Report by Surgeon-Major Lyons, I.M.S., President of the Plague Research Committee - Part I
Disease focus: Plague
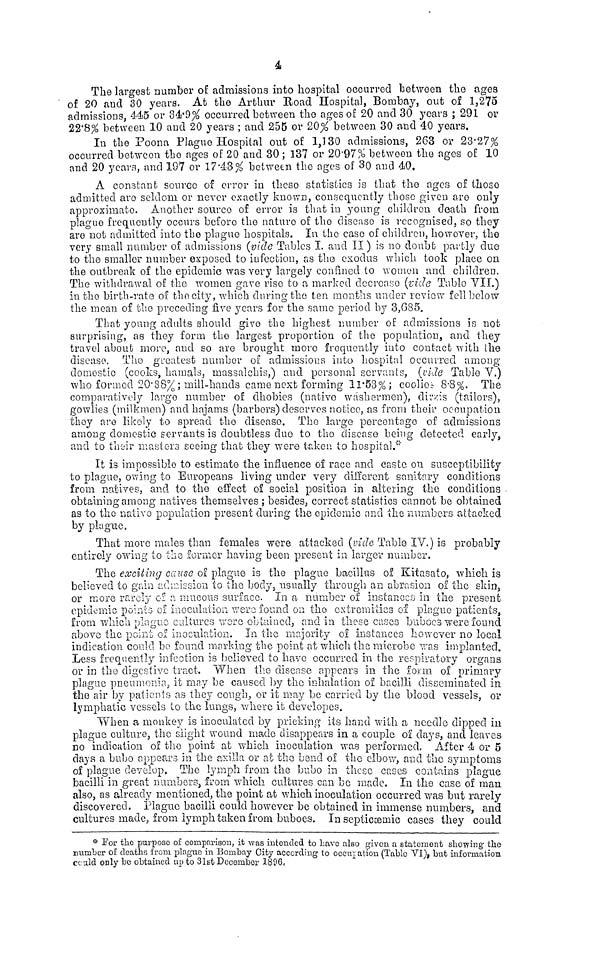
à
The largest number of admissions into hospital occurred between the ages
of 20 and 30 years. At the Arthur Road Hospital, Bombay, out of 1,275
admissions, 445 or 34.9% occurred between the ages of 20 and 30 years ; 291 or
22.8% between 10 and 20 years ; and 255 or 20% between 30 and 40 years.
In the Poona Plaguo Hospital out of l,130 admissions, 263 or 23'27%
occurred between the ages of 20 and 30 ; 137 or 2097% between the ages of 10
and 20 years, and 197 or 17.43% between the ages of 30 and 40.
A constant source of error in theso statistics is that the ages of those
admitted aro seldom or never exactly known, consequently those given are only
approximate Another source of error is that in young children death from
plaguo frequently occurs before the nature of the disease- is recognised, so they"
are not admitted into the plague hospitals. In the case of children, however, the
very small number of admissions (vide Tables Î. and II) is no doubt partly due
to the smaller number exposed to infection, as the exodus which took place on
the outbreak of the epidemic was very largely confined to women and children.
The withdrawal of the women gave rise to a marked decrease (vide Tablo VII.)
in the birth-rate of the city, which during the ten months under review fell below
the mean of the preceding five years for the same period by 3,685,
That young adults should give the highest number of admissions is not
surprising, as they form the largest proportion of the population, and they
travel about more, and so are brought more frequently into contact with the
disease. The greatest number of admissions into hospital occurred among
domestic (cooks, hamals, massalehis,) and personal servants, (vile Table V.)
who formed 20-88%; mill-hands came next forming 11-53%; coolie 8.8%. The
comparatively largo number o£ dhobies (nativo washermen), dirzis (tailors),
gowlies (milkmen) and hajams (barbers) deserves notice, as from their occupation
they are likely to spread the disease. The large percentage of admissions
among domestic serrants is doubtless duo to tho disease being detected early,
and to their mastera seeing that they were taken to hospital. 1 "
It is impossible to estimate the influence of race and caste on susceptibility
to plague, owing to Europeans living under very different sanitary conditions
from natives, and to the effect of social position in altering the conditions
obtaining among natives themselves ; besides, correct statistics cannot be obtained
as to the native population present during the epidemic and the numbers attacked
by plague,
That more males than females were attacked (vida Table IV.) is probably
entirely owing to the former having been present in larger number.
The exciting cause ox plague is the plague bacillus of Kitasato, which is
believed to gain admission to the body, usually through an abrasion of the skin,
or more rarely of a mucous surface. In a number of instances in the present
epidemic points of inoculation were found on the extremities of plague patients,
from which plague cultures wore obtained, and in these caces buboes were found
above the point of inoculation. In the majority of instances however no local
indication could bo found marking the point at which the microbe was implanted.
Less frequently infection is believed to have occurred in the respiratory organs
or in the digestivo tract. When the disease appears in the form of primary
plague pneumonia, it may be caused by the inhalation of bacilli disseminated in
the air by patients as they cough, or it may be carried by the blood vessels, or
lymphatic vessels to the lungs, where it developes.
When a monkey is inoculated by pricking its hand with a needle dipped in
plague culture, the slight wound made disappears in a couple of days, and leaves
no indication of the point at which inoculation was performed. After 4 or 5
days a bubo appears in the axilla or at the bend of the elbow, and the symptoms
of plague develop. The lymph from the bubo in these cases contains plague
bacilli in great numbers, from which cultures can be made. In the case of man
also, as already mentioned, the point at which inoculation occurred was but rarely
discovered. Plague bacilli could however be obtained in immense numbers, and
cultures made, from lymph taken from buboes. In septicœmic cases they could
For the purpose of comparison, it was intended to Lave also given a statement showing, the
number of deaths from plague in Bombay City according to occuration (Tablo VI), but information
could only be obtained up to 31st December 1896.